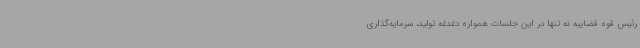
رئیس قوه قضاییه نه تنها در این جلسات همواره دغدغه تولید، سرمایه‌گذاری